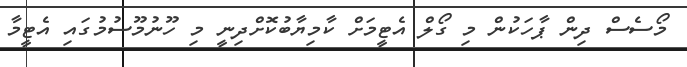
މޯސެސް ދިން ޕާހަކުން މި ގޯލް އެޓީމަށް ކާމިޔާބުކޮށްދިނީ މި ހޫނުމޫސުމުގައި އެޓީމާ